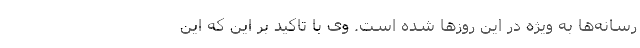
رسانه‌ها به ویژه در این روز‌ها شده است. وی با تاکید بر این که این